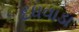
દધવાડા